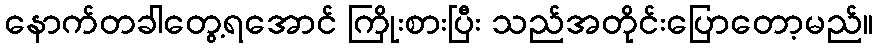
နောက်တခါတွေ့ရအောင် ကြိုးစားပြီး သည်အတိုင်းပြောတော့မည်။